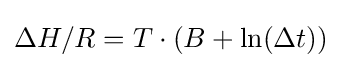
\Delta H/R=T\cdot (B+\ln(\Delta t))